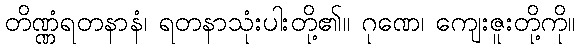
တိဏ္ဏံရတနာနံ၊ ရတနာသုံးပါးတို့၏။ ဂုဏေ၊ ကျေးဇူးတို့ကို။